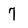
Character: 7